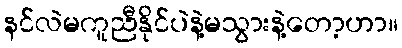
နင်လဲမကူညီနိုင်ပဲနဲ့မသွားနဲ့တော့ဟာ။